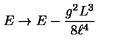
E \rightarrow E - \frac { g ^ { 2 } L ^ { 3 } } { 8 \ell ^ { 4 } }